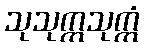
သုသုက္ကသုက္ကံ